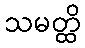
သမတ္ထိ